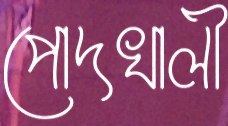
পোদখালী